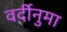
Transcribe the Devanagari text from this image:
वर्दीनुमा